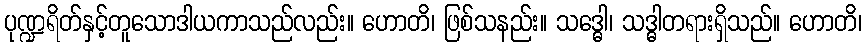
ပုဏ္ဍရိတ်နှင့်တူသောဒါယကာသည်လည်း။ ဟောတိ၊ ဖြစ်သနည်း။ သဒ္ဓေါ၊ သဒ္ဓါတရားရှိသည်။ ဟောတိ၊